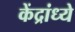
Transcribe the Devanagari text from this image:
केंद्रांध्ये